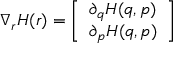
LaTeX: \nabla _ { \boldsymbol { r } } H ( { \boldsymbol { r } } ) = { \left[ \begin{array} { l } { \partial _ { \boldsymbol { q } } H ( { \boldsymbol { q } } , { \boldsymbol { p } } ) } \\ { \partial _ { \boldsymbol { p } } H ( { \boldsymbol { q } } , { \boldsymbol { p } } ) } \end{array} \right] }